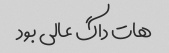
هات داگ عالی بود